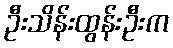
ဦးသိန်းထွန်းဦးက